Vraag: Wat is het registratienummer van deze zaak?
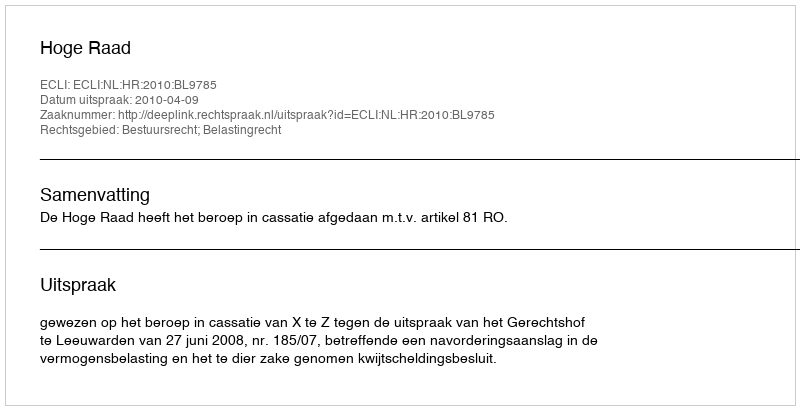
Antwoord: http://deeplink.rechtspraak.nl/uitspraak?id=ECLI:NL:HR:2010:BL9785